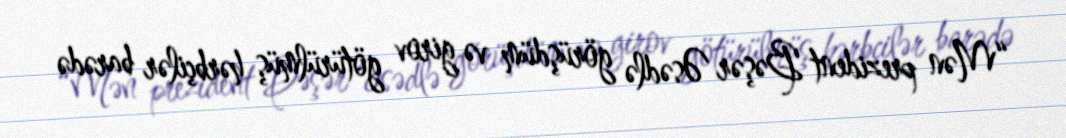
“Mən prezident Bəşər Əsədlə görüşdüm və girov götürülmüş hərbçilər barədə